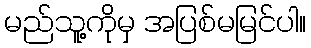
မည်သူ့ကိုမှ အပြစ်မမြင်ပါ။